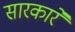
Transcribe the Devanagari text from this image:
सारकारें